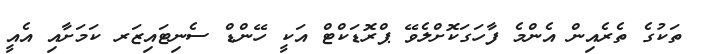
ތަކުގެ ތެރެއިން އެންމެ ފާހަގަކޮށްލެވޭ ޕްރޮޑަކްޓް އަކީ ހޭންޑް ސެނިޓައިޒަރ ކަމަށާއި އެއީ